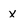
Character: x